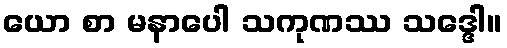
ယော စာ မနာပေါ သကုဏဿ သဒ္ဒေါ။